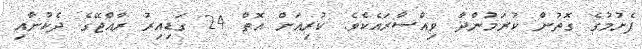
ފެށުމުގެ ގޮތުން ކުރަމުންދާ ވިއްސާރައެކެވެ. ކުރިއަށް އޮތް 24 ގަޑިއިރު ރާއްޖޭގެ ދެކުނާއި